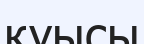
қуысы